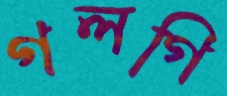
গলগি